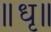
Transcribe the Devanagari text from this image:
॥धृ॥